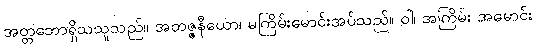
အတ္တဘောရှိသသူသည်။ အတဇ္ဇနီယော၊ မကြိမ်းမောင်းအပ်သည်။ ဝါ၊ အကြိမ်း အမောင်း